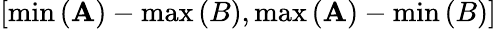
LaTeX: \left[\operatorname*{min}\left(\mathbf{A}\right)-\operatorname*{max}\left(B\right),\operatorname*{max}\left(\mathbf{A}\right)-\operatorname*{min}\left(B\right)\right]